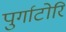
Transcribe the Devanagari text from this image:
पुर्गाटोरि